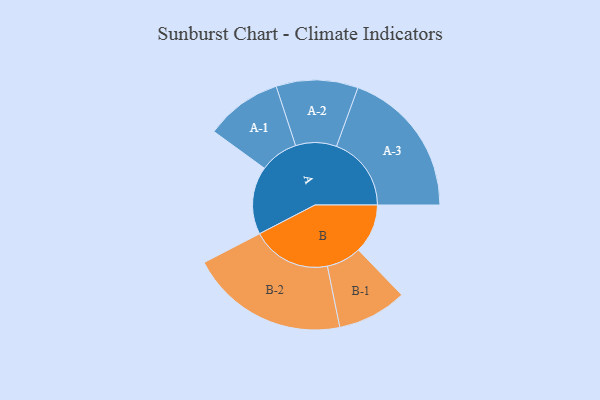
{"axis": {"x": "Segment", "y": "Value"}, "legend": ["", "A", "B"], "data": [{"x": "A", "y": 244, "type": ""}, {"x": "B", "y": 177, "type": ""}, {"x": "A-1", "y": 138, "type": "A"}, {"x": "A-2", "y": 147, "type": "A"}, {"x": "A-3", "y": 269, "type": "A"}, {"x": "B-1", "y": 125, "type": "B"}, {"x": "B-2", "y": 285, "type": "B"}]}